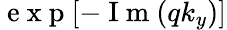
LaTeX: \mathrm{~e~x~p~}[-\mathrm{~I~m~}(qk_{y})]